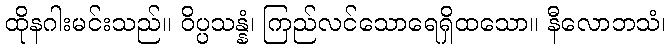
ထိုနဂါးမင်းသည်။ ဝိပ္ပသန္နံ၊ ကြည်လင်သောရေရှိထသော။ နီလောဘသံ၊